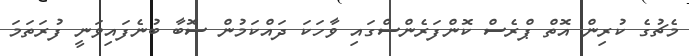
މެޗުގެ ކުރިން އޮތް ޕްރެސް ކޮންފަރެންސްގައި ވާހަކަ ދައްކަމުން ސޮބާ ބުނެފައިވަނީ ފުރަތަމަ